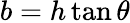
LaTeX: b=h\tan\theta